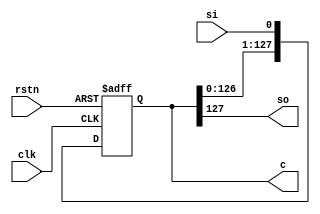
module ChalShiftReg
(
  input wire  clk,
  input wire si,
  input wire rstn,
  output [127:0] c,
  output wire so
);

  reg [127:0] c;

  // N-Bit shift register with scan in and scan out
  always @ (posedge clk or negedge rstn) begin
    if (~rstn) begin
      c[127:0] <= 0;
    end else begin
      c[127:0] <= {c[126:0], si};
    end
  end

  assign so = c[127];

endmodule